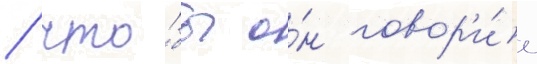
/ что́бы о́н говор'и́л